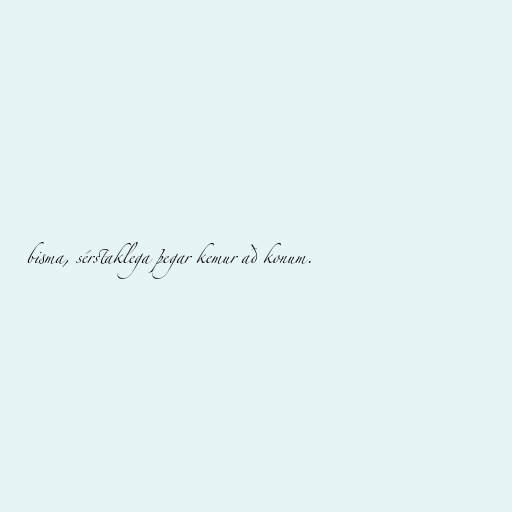
bisma, sérstaklega þegar kemur að konum.